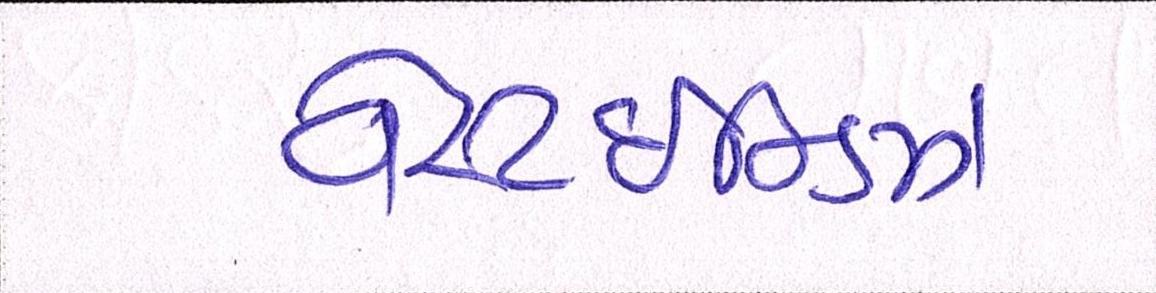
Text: વેસ્ટઈન્ડિઝ